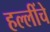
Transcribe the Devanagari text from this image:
हल्लींचे